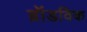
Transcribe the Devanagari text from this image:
ब्रॉडविक